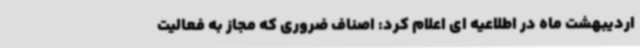
اردیبهشت ماه در اطلاعیه ای اعلام کرد: اصناف ضروری که مجاز به فعالیت